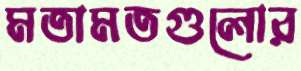
মতামতগুলোর